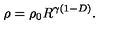
\rho = \rho _ { 0 } R ^ { \gamma ( 1 - D ) } .